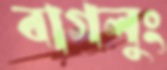
বাগলুং